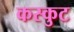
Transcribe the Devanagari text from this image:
कस्कुट